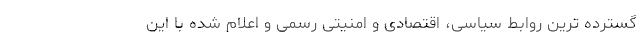
گسترده ترین روابط سیاسی، اقتصادی و امنیتی رسمی و اعلام شده با این